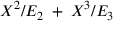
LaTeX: X ^ { 2 } / E _ { 2 } \; + \; X ^ { 3 } / E _ { 3 }